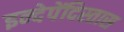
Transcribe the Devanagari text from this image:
इन्देपेंदिस्तास